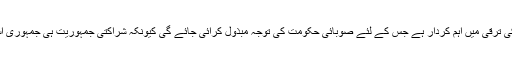
بلدیاتی اداروں کا ملک کی ترقی میں اہم کردار ہے جس کے لئے صوبائی حکومت کی توجہ مبذول کرائی جائے گی کیونکہ شراکتی جمہوریت ہی جمہوری استحکام کی ضمانت ہے۔